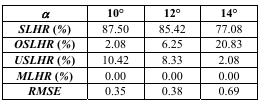
<table><thead><tr><td><b><i>α</i></b></td><td><b>10°</b></td><td><b>12°</b></td><td><b>14°</b></td></tr></thead><tbody><tr><td><b><i>SLHR</i> (<i>%</i>)</b></td><td>87.50</td><td>85.42</td><td>77.08</td></tr><tr><td><b><i>OSLHR</i> (<i>%</i>)</b></td><td>2.08</td><td>6.25</td><td>20.83</td></tr><tr><td><b><i>USLHR</i> (<i>%</i>)</b></td><td>10.42</td><td>8.33</td><td>2.08</td></tr><tr><td><b><i>MLHR</i> (<i>%</i>)</b></td><td>0.00</td><td>0.00</td><td>0.00</td></tr><tr><td><b><i>RMSE</i></b></td><td>0.35</td><td>0.38</td><td>0.69</td></tr></tbody></table>